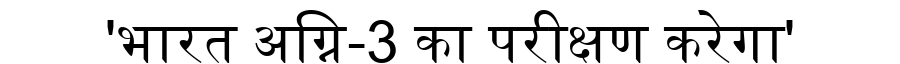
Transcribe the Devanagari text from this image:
'भारत अग्नि-3 का परीक्षण करेगा'